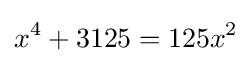
x^{4}+3125=125x^{2}